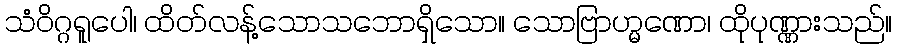
သံဝိဂ္ဂရူပေါ၊ ထိတ်လန့်သောသဘောရှိသော။ သောဗြာဟ္မဏော၊ ထိုပုဏ္ဏားသည်။